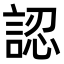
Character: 認